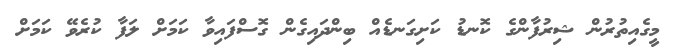
މީގެއިތުރުން ޝިރުފާންގެ ކޮނޑު ކަށިގަނޑެއް ބިންދައިގެން ގޮސްފައިވާ ކަމަށް ލަފާ ކުރެވޭ ކަމަށް